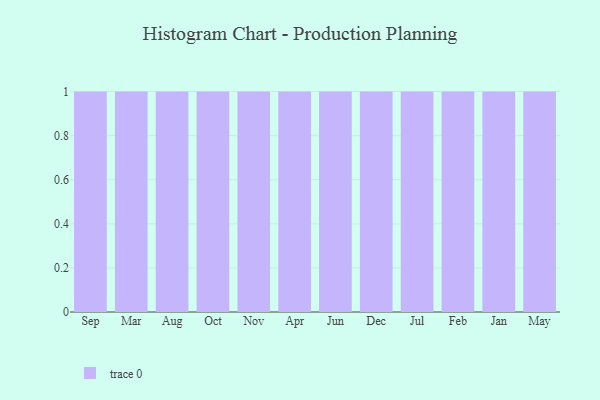
{"axis": {"x": "Month", "y": "Backlog"}, "legend": [""], "data": [{"x": "Sep", "y": 72, "type": ""}, {"x": "Mar", "y": 79, "type": ""}, {"x": "Aug", "y": 59, "type": ""}, {"x": "Oct", "y": 10, "type": ""}, {"x": "Nov", "y": 87, "type": ""}, {"x": "Apr", "y": 71, "type": ""}, {"x": "Jun", "y": 10, "type": ""}, {"x": "Dec", "y": 1, "type": ""}, {"x": "Jul", "y": 63, "type": ""}, {"x": "Feb", "y": 32, "type": ""}, {"x": "Jan", "y": 30, "type": ""}, {"x": "May", "y": 35, "type": ""}]}